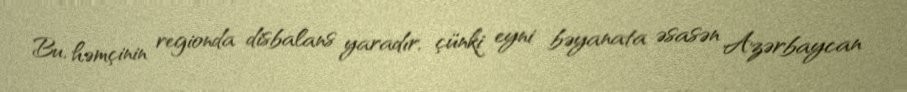
Bu, həmçinin regionda disbalans yaradır, çünki eyni bəyanata əsasən Azərbaycan